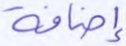
إضافة